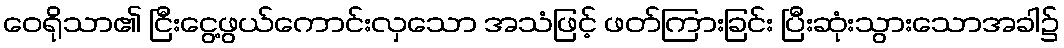
ဝေရိုသာ၏ ငြီးငွေ့ဖွယ်ကောင်းလှသော အသံဖြင့် ဖတ်ကြားခြင်း ပြီးဆုံးသွားသောအခါ၌